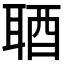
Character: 𨠧